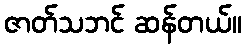
ဇာတ်သဘင် ဆန်တယ်။